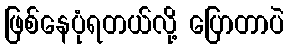
ဖြစ်နေပုံရတယ်လို့ ပြောတာပဲ